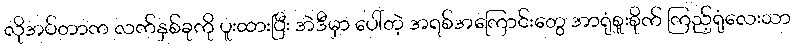
လိုအပ်တာက လက်နှစ်ခုကို ပူးထားပြီး အဲဒီမှာ ပေါ်တဲ့ အရစ်အကြောင်းတွေ အာရုံစူးစိုက် ကြည့်ရုံလေးသာ